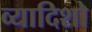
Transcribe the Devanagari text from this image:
व्यादिशो